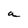
Character: a